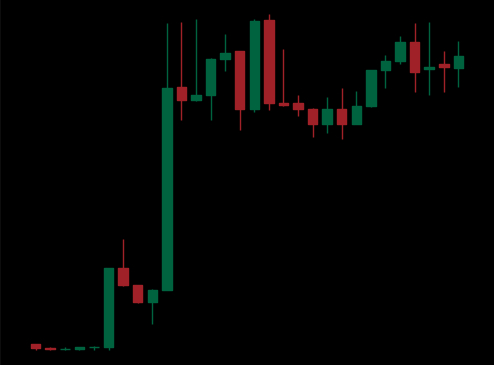
Pattern: unclassified